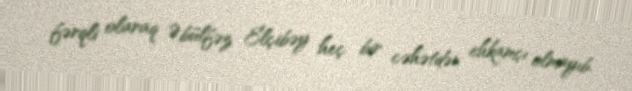
fərqli olaraq Əbülfəz Elçibəy heç bir cəhətdən ehkamçı olmayıb.